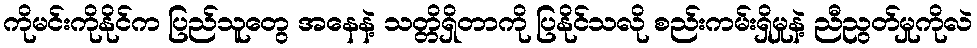
ကိုမင်းကိုနိုင်က ပြည်သူတွေ အနေနဲ့ သတ္တိရှိတာကို ပြနိုင်သလို စည်းကမ်းရှိမှုနဲ့ ညီညွတ်မှုကိုလဲ